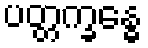
ပတ္တက္ခန္ဓေ